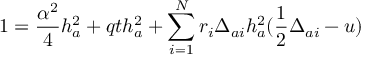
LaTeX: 1 = { \frac { \alpha ^ { 2 } } { 4 } } h _ { a } ^ { 2 } + q t h _ { a } ^ { 2 } + \sum _ { i = 1 } ^ { N } r _ { i } \Delta _ { a i } h _ { a } ^ { 2 } ( { \frac { 1 } { 2 } } \Delta _ { a i } - u )